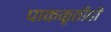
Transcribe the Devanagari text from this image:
पाककृतीही